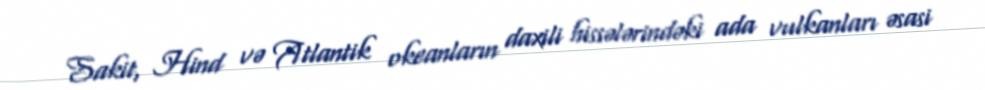
Sakit, Hind və Atlantik okeanların daxili hissələrindəki ada vulkanları əsasi